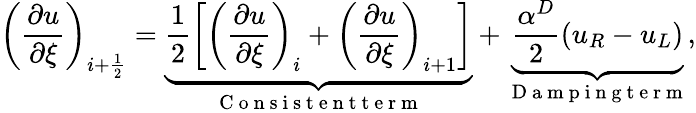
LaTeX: \left(\frac{\partial u}{\partial\xi}\right)_{i+\frac{1}{2}}=\underbrace{\frac{1}{2}\left[\left(\frac{\partial u}{\partial\xi}\right)_{i}+\left(\frac{\partial u}{\partial\xi}\right)_{i+1}\right]}_{\mathrm{~C~o~n~s~i~s~t~e~n~t~t~e~r~m~}}+\underbrace{\frac{\alpha^{D}}{2}\left(u_{R}-u_{L}\right)}_{\mathrm{~D~a~m~p~i~n~g~t~e~r~m~}},